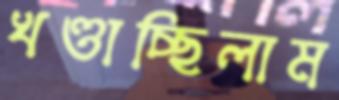
খণ্ডাচ্ছিলাম